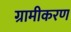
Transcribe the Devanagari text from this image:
ग्रामीकरण